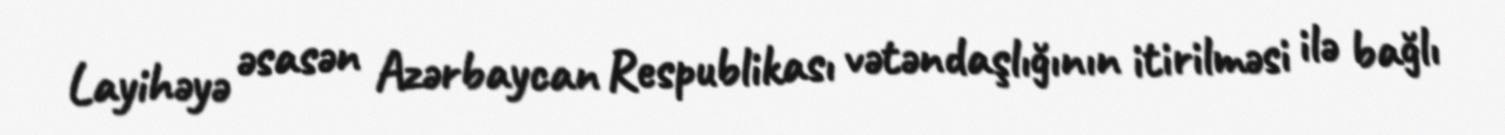
Layihəyə əsasən Azərbaycan Respublikası vətəndaşlığının itirilməsi ilə bağlı